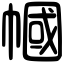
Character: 幗